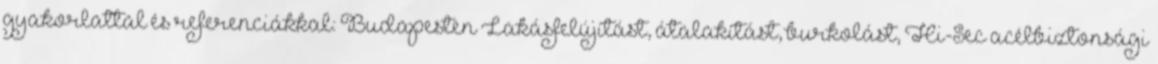
gyakorlattal és referenciákkal: Budapesten Lakásfelújítást, átalakítást, burkolást, Hi-Sec acélbiztonsági